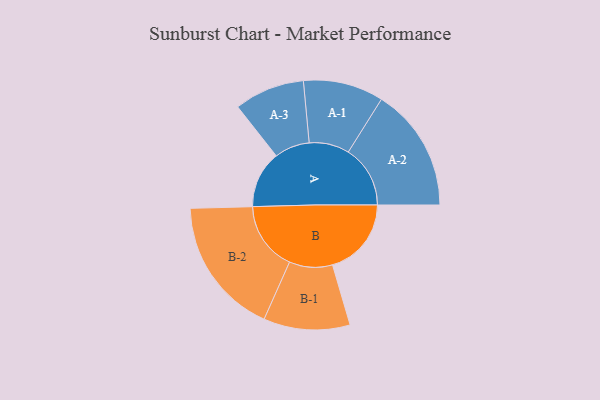
{"axis": {"x": "Segment", "y": "Value"}, "legend": ["", "A", "B"], "data": [{"x": "A", "y": 243, "type": ""}, {"x": "B", "y": 336, "type": ""}, {"x": "A-1", "y": 171, "type": "A"}, {"x": "A-2", "y": 264, "type": "A"}, {"x": "A-3", "y": 150, "type": "A"}, {"x": "B-1", "y": 184, "type": "B"}, {"x": "B-2", "y": 294, "type": "B"}]}